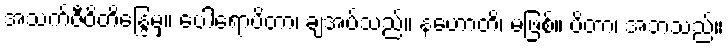
အသက်ဇီဝိတိန္ဒြေမှ။ ပေါရောပိတာ၊ ချအပ်သည်။ နဟောတိ၊ မဖြစ်။ ပိတာ၊ အဘသည်။